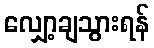
လျှော့ချသွားရန်